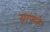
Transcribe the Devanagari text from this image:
ग्राफने